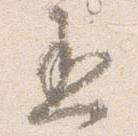
丞